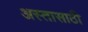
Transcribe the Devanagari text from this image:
अस्तासाठी